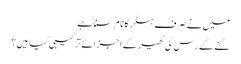
میں نے صرف ہٹلر کا نام سنا ہے
گنے کے رس کی کھیر کے اجزائے ترکیبی کیا ہیں؟